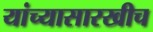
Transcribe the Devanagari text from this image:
यांच्यासारखीच